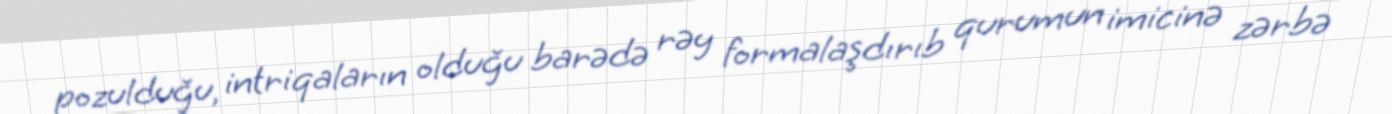
pozulduğu, intriqaların olduğu barədə rəy formalaşdırıb qurumun imicinə zərbə